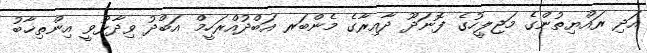
އަދި ރައްޔިތުންގެ މަޖިލީހުގެ ފޮނަދޫ ދާއިރާގެ މެންބަރ އަބްދުއްރަހީމް އަބްދު ވިދާޅުވީ އިންތިޚާބު